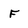
Character: F